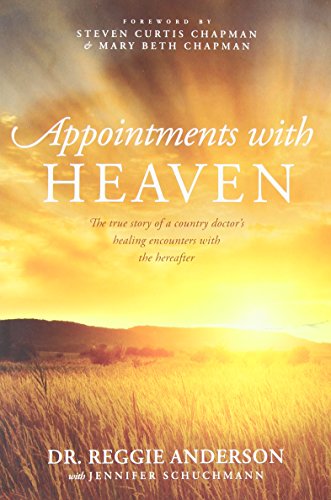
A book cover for Appointments with Heaven: The True Story of a Country Doctor's Healing Encounters with the Hereafter; Reggie Anderson; Biographies & Memoirs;